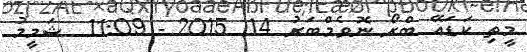
މީތި ކަޑައޭ ބްރޯ ނޮވެމްބަރު 14